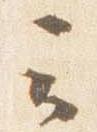
云